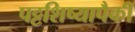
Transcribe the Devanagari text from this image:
पट्टशिष्यापैकी